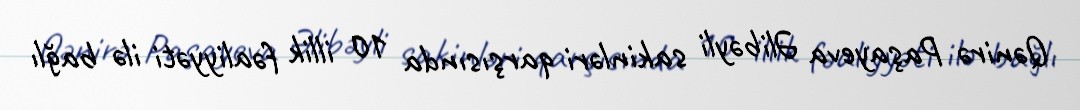
Qənirə Paşayeva Əlibəyli sakinləri qarşısında 10 illik fəaliyyəti ilə bağlı